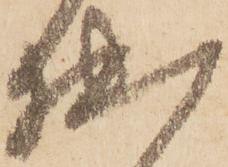
拙